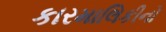
કારમાલિકીનો